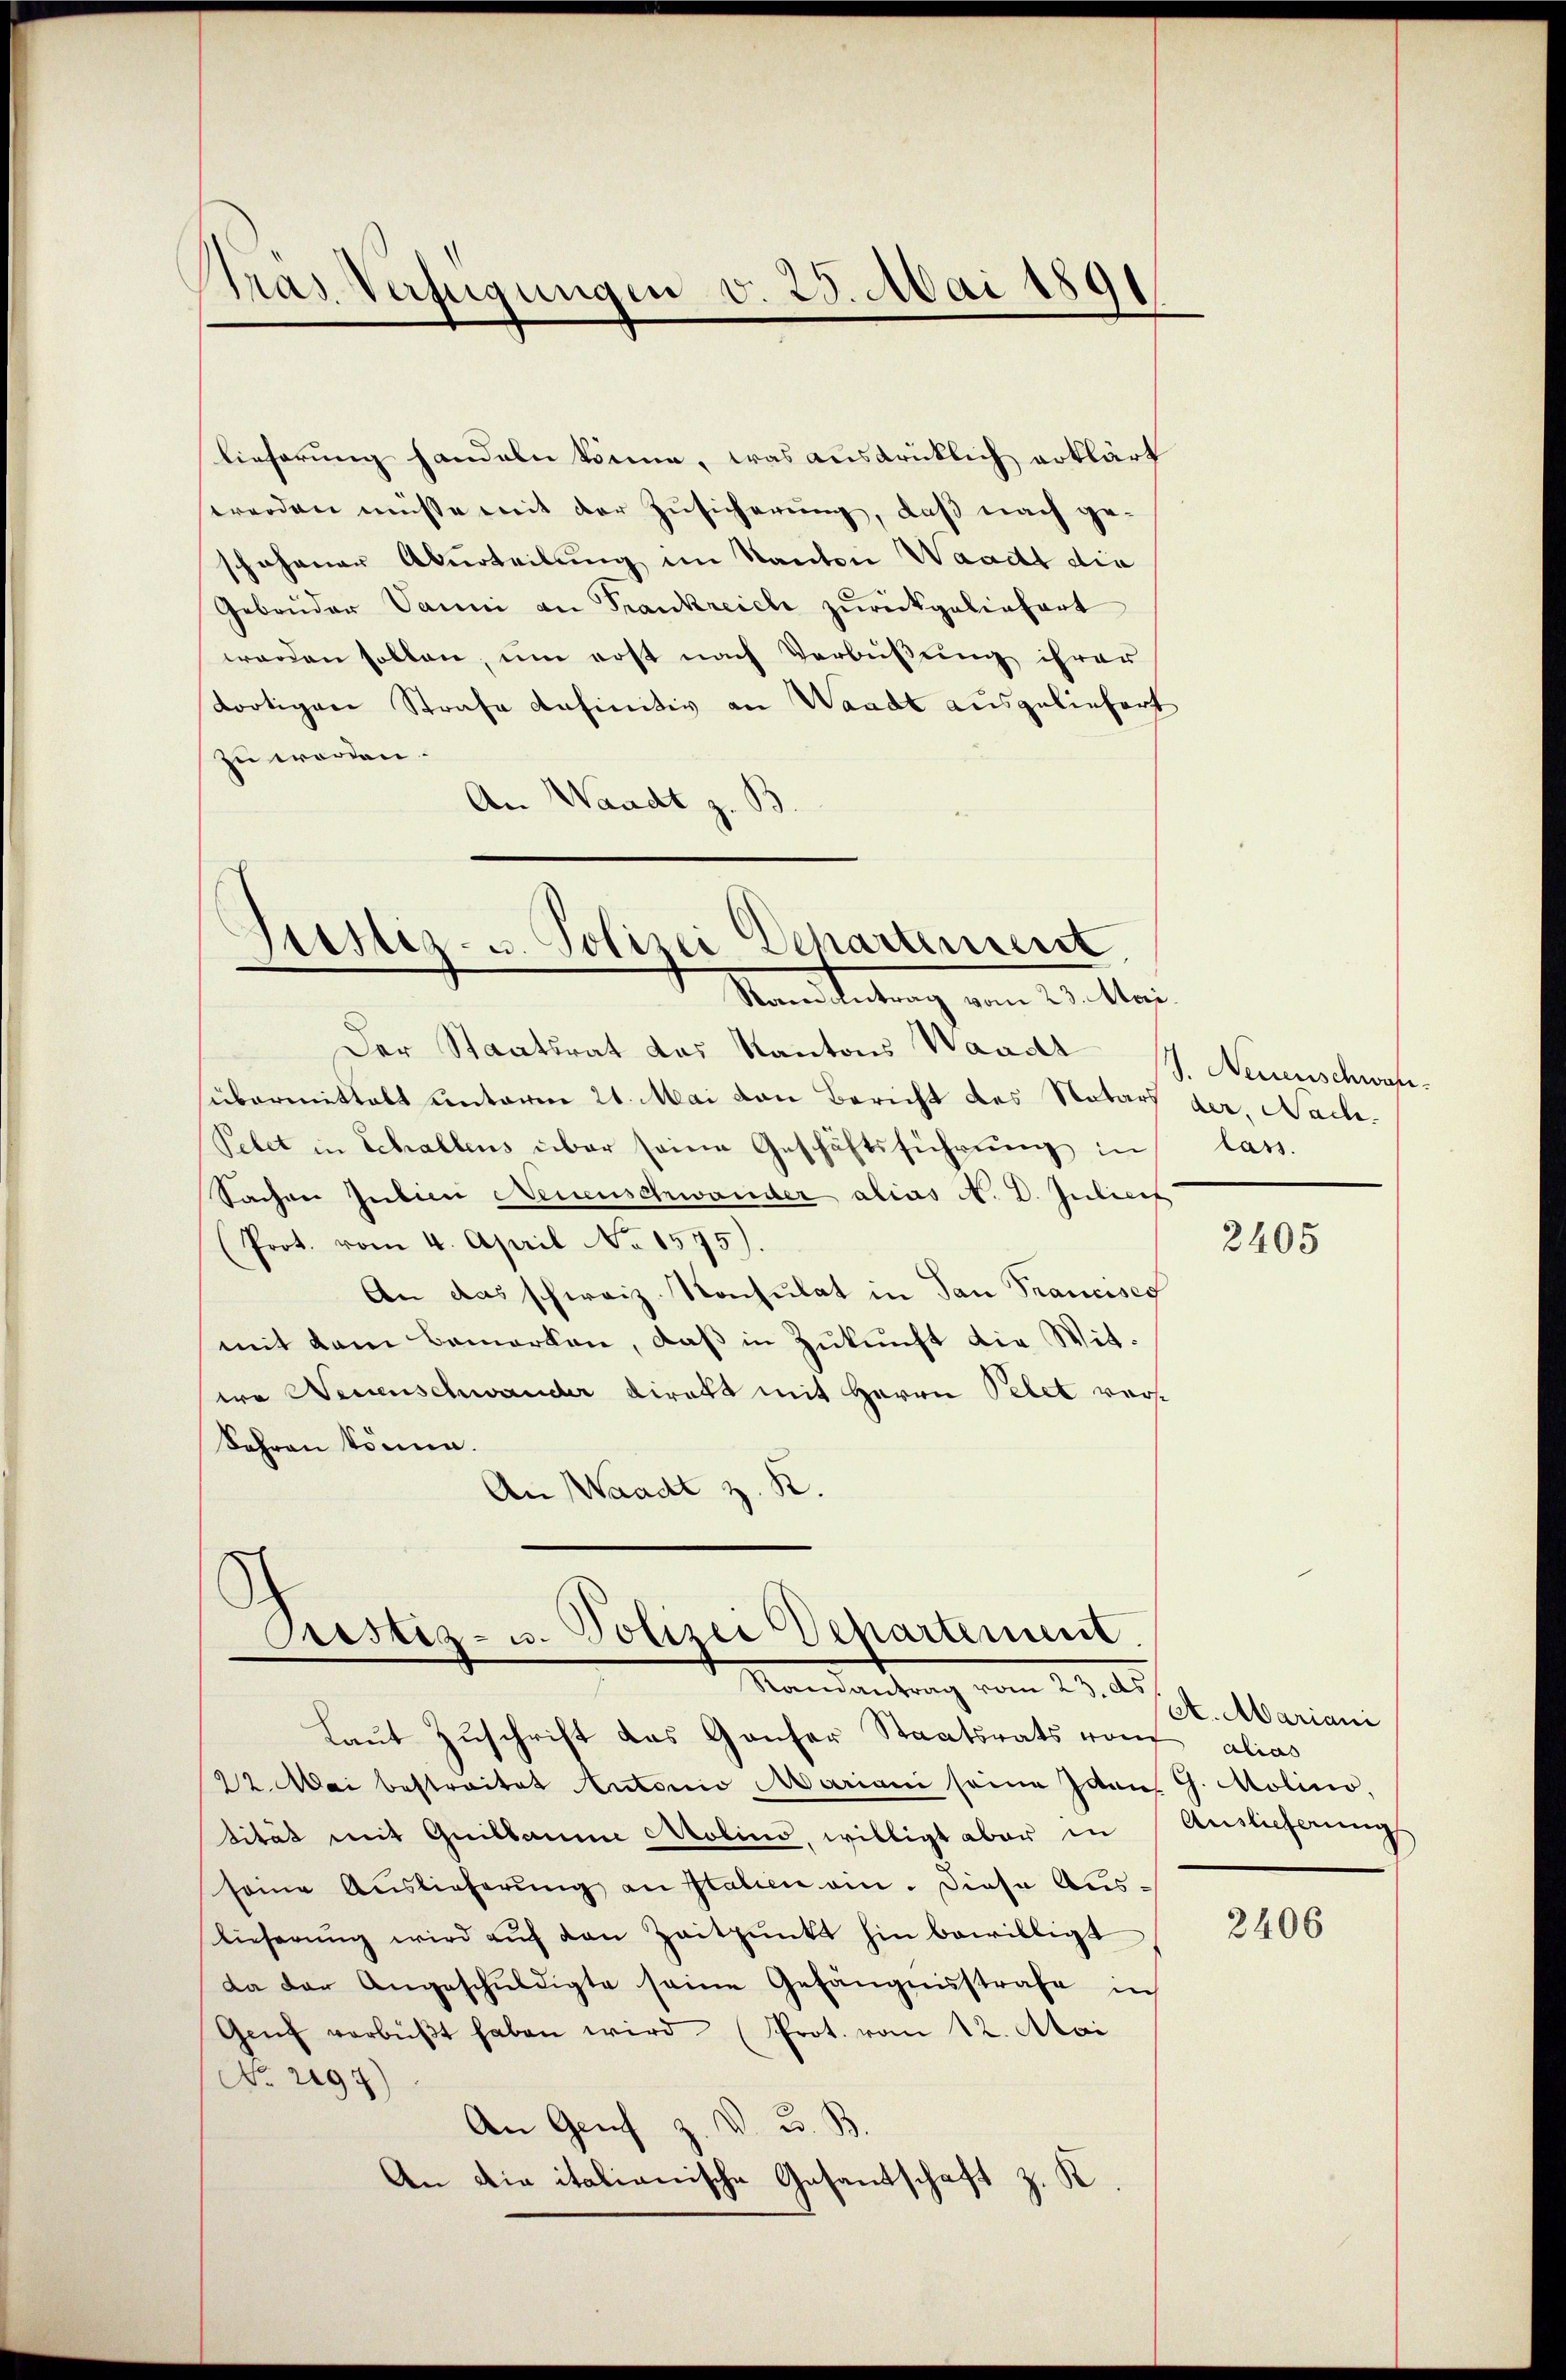
Pras Verfügungen v. 25. Mai 1891

lieferung handeln könne, was ausdrücklich erklärt
werden müsse mit der Zusicherung, daß nach geshohener Aburteilung im Kanton Waadt die
Gebrüder Vanni an Frankreich zurückgeliefert
werden sollen, um erst nach Verbüßung ihrer
tortigen Strafe definitiv an Waadt ausgeliefert
zu worden.
An Waadt z. B

Justiz- u. Polizei Departement,
Ramantrag vom 23. Mai.

Der Staatsrat das Kantons Waadt J. Neuenschwansübermittalt unterm 21. Mai den Bericht des Notars der Nach¬
Pebet in Schallens über seine Geschäftsführung in
Sachen Judici Neuenschwander alias N. D. Juliers
(Prot. vom 4. April No 1575).
An das schweiz. Konsulat in San Francises
mit dem Bemerken, daß in Zukunft die Witire Neuenschwander Direkt mit Herrn Pelet ver¬
Jahren könne.
An Waadt z. R.

Justiz- u. Polizei Departement.
Mandantrag vom 23. ds.

Laut Zuschrift das Ganzer Staatsrats von
22. Mai bestraitet Autorio Mariani seine Ivan G. Molino,
tität mit Quillaume Mobins, willigt aber in
seine Auslieferŭng an Stalien ein. Diese Aus¬
Lieferung wird auf den Zeitpunkt hin bewilligt
Da der Angeschŭldigte seine Gefängnisstrafe in
Genf verbüßt haben wird (Prot. vom 12. Mai
No. 2197)
An Genf z. V. B. B
An die italianische Gesandschaft z. K.

lass.

2405

At. Mariani
alias
Auslieferung

2406